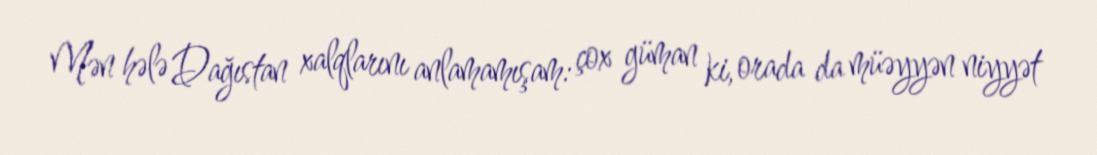
Mən hələ Dağıstan xalqlarını anlamamışam: çox güman ki, orada da müəyyən niyyət